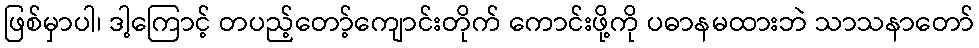
ဖြစ်မှာပါ၊ ဒါ့ကြောင့် တပည့်တော့်ကျောင်းတိုက် ကောင်းဖို့ကို ပဓာနမထားဘဲ သာသနာတော်